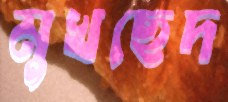
মুখছেদ